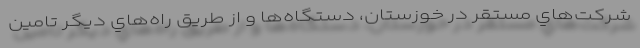
شركت‌هاي مستقر در خوزستان، دستگاه‌ها و از طريق راه‌هاي ديگر تامين